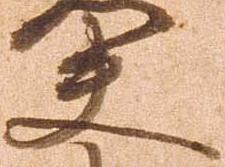
夫